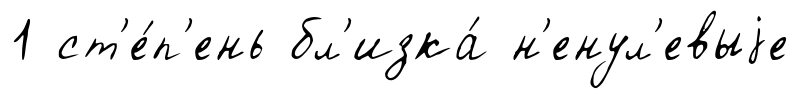
1 ст'е́п'ень бл'изка́ н'енул'евыjе